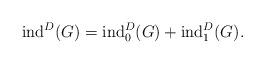
\begin{align*}{\rm ind}^D(G)={\rm ind}^D_0(G)+{\rm ind}^D_1(G).\end{align*}